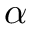
\alpha